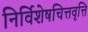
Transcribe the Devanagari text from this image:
निर्विशेषचित्तवृत्ति